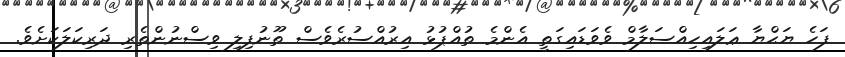
ފަހެ ޔަޙްޔާ ޢަލައިހިއްސަލާމް ވެވަޑައިގަތީ އެންމެ ތުއްޕުޅު އިރުއްސުރެވެސް ތޫނުފިލި ވިސްނުންތެރި ދަރިކަލަކަށެވެ.